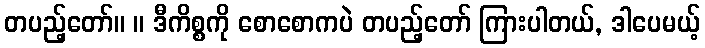
တပည့်တော်။ ။ ဒီကိစ္စကို စောစောကပဲ တပည့်တော် ကြားပါတယ်, ဒါပေမယ့်